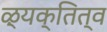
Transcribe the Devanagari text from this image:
ऴ्यक्तित्व